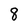
Character: 8